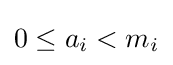
0\leq a_{i}<m_{i}